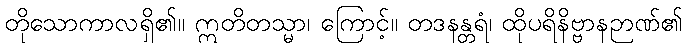
တိုသောကာလရှိ၏။ ဣတိတသ္မာ၊ ကြောင့်။ တဒနန္တရံ၊ ထိုပရိနိဗ္ဗာနဉာဏ်၏